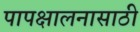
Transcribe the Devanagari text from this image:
पापक्षालनासाठी